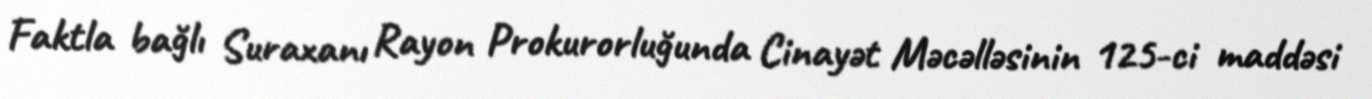
Faktla bağlı Suraxanı Rayon Prokurorluğunda Cinayət Məcəlləsinin 125-ci maddəsi